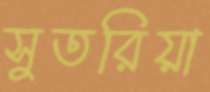
সুতরিয়া